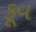
કૂવ